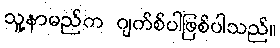
သူ့နာမည်က ဂျက်စ်ပါဖြစ်ပါသည်။